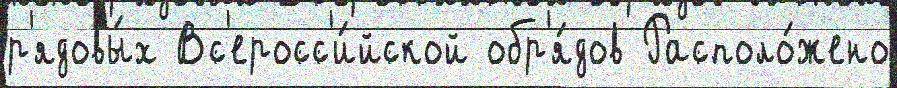
р'ядовы́х Вс'еросс'и́йской обр'я́дов Располо́жено